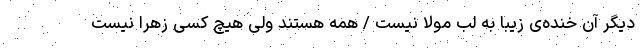
دیگر آن خنده‌ی زیبا به لب مولا نیست / همه هستند ولی هیچ کسی زهرا نیست